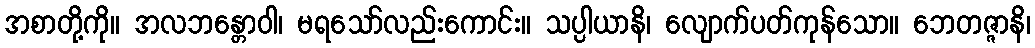
အစာတို့ကို။ အလဘန္တောဝါ၊ မရသော်လည်းကောင်း။ သပ္ပါယာနိ၊ လျောက်ပတ်ကုန်သော။ ဘေတဇ္ဇာနိ၊